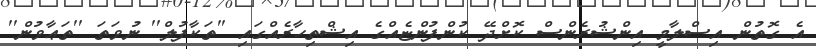
އެ ގޮތުން އިސްލާމީ އިންޝުރެންސް ކޮށްދޭ ކުންފުންޏެއްގެ އިޝްތިހާރެއްގައި ''ތަކާފުލް'' ނުވަތަ ''ތަޢާވުން''